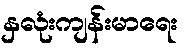
နှလုံးကျန်းမာရေး